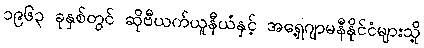
၁၉၆၃ ခုနှစ်တွင် ဆိုဗီယက်ယူနီယံနှင့် အရှေ့ဂျာမနီနိုင်ငံများသို့